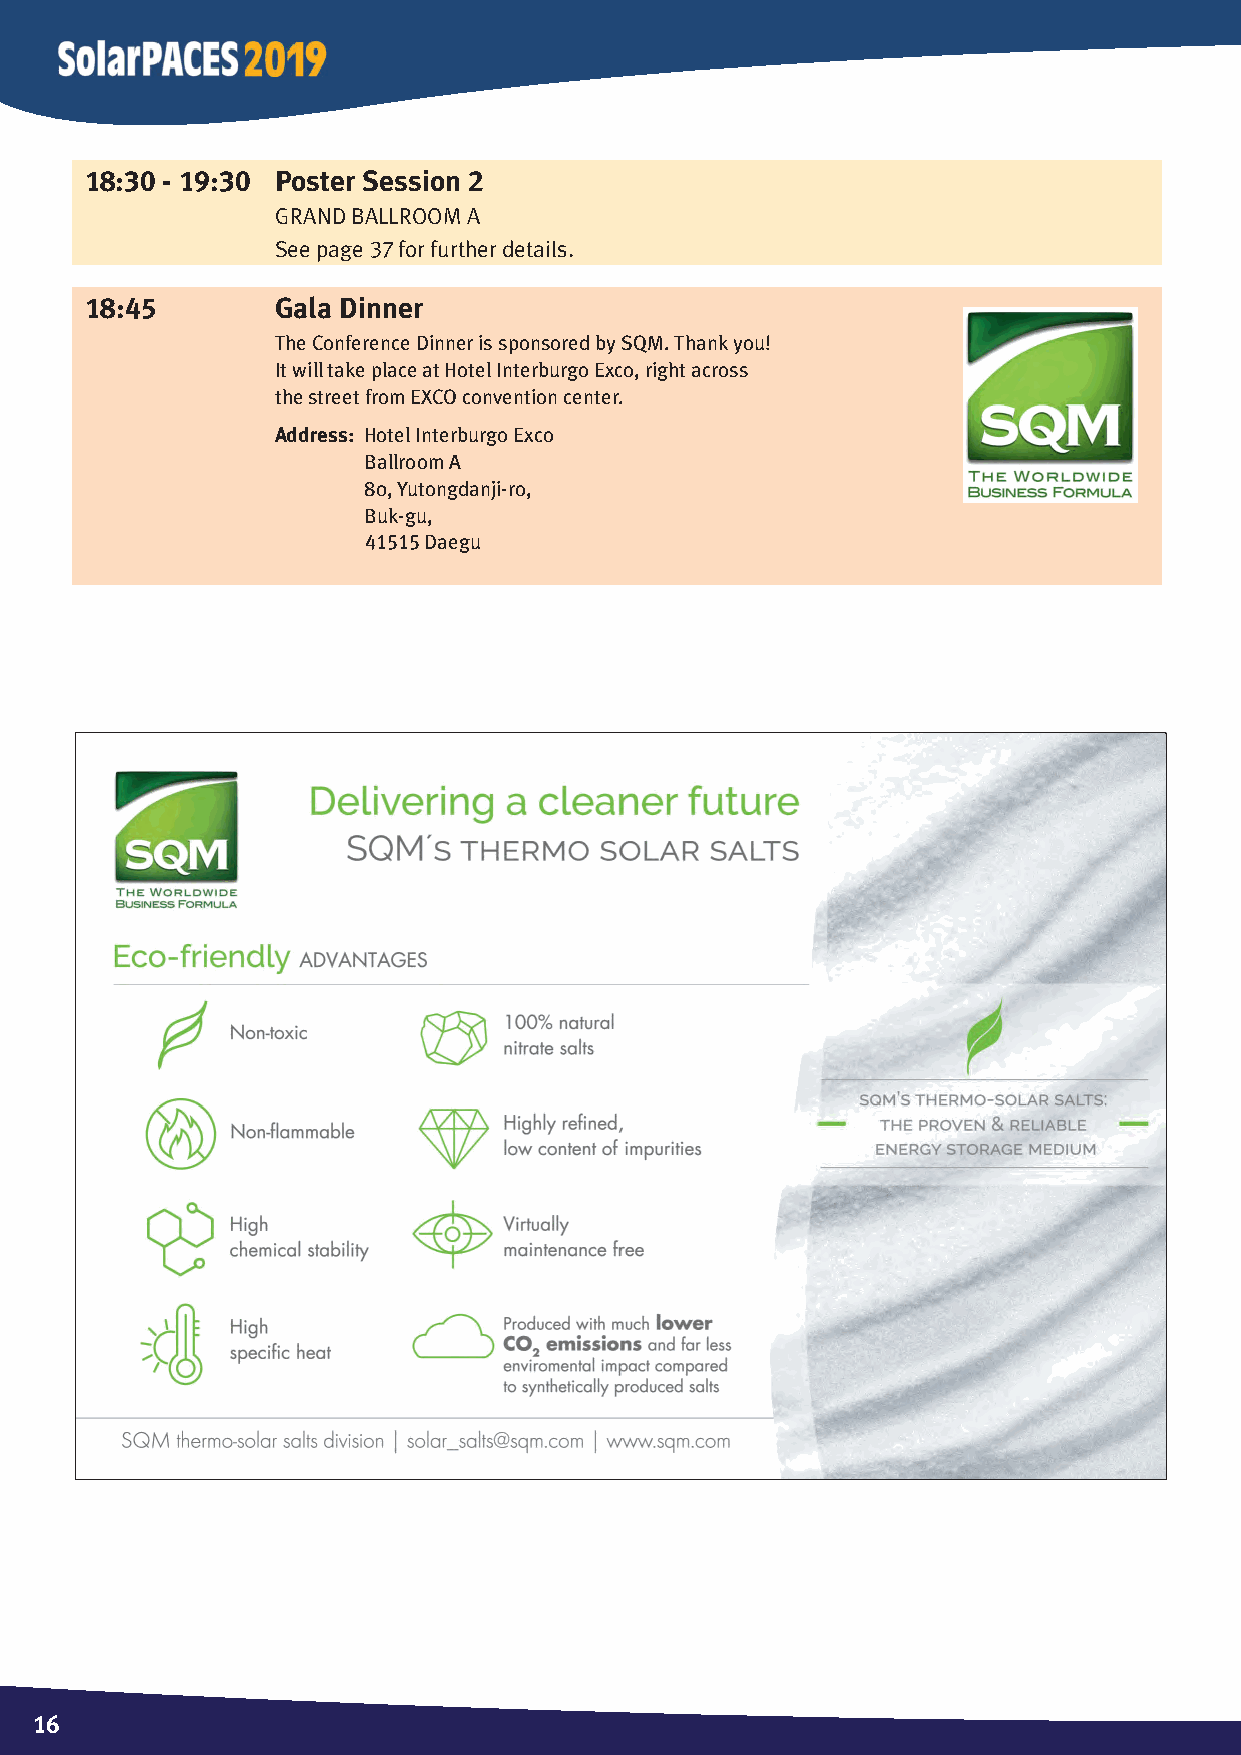
18:30 - 19:30 Poster Session 2
 GRand BaLLRoom a
 See page 37 for further details.
 18:45       Gala Dinner
 The Conference Dinner is sponsored by SQM. Thank you!
 It will take place at Hotel Interburgo Exco, right across
 the street from EXCO convention center.
 Address: Hotel Interburgo Exco
 Ballroom A
 80, Yutongdanji-ro,
 Buk-gu,
 41515 Daegu
 1166